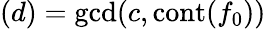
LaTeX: (d)=\gcd(c,\operatorname{cont}(f_{0}))